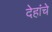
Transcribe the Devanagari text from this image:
देहांचे